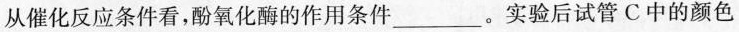
从催化反应条件看，酚氧化酶的作用条件___。实验后试管 C 中的颜色